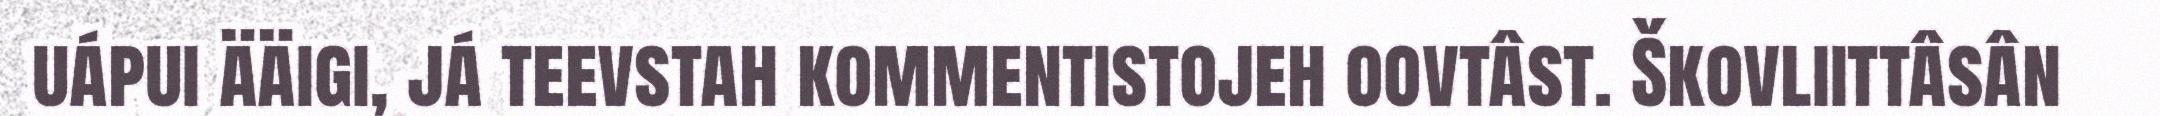
uápui ääigi, já teevstah kommentistojeh oovtâst. Škovliittâsân